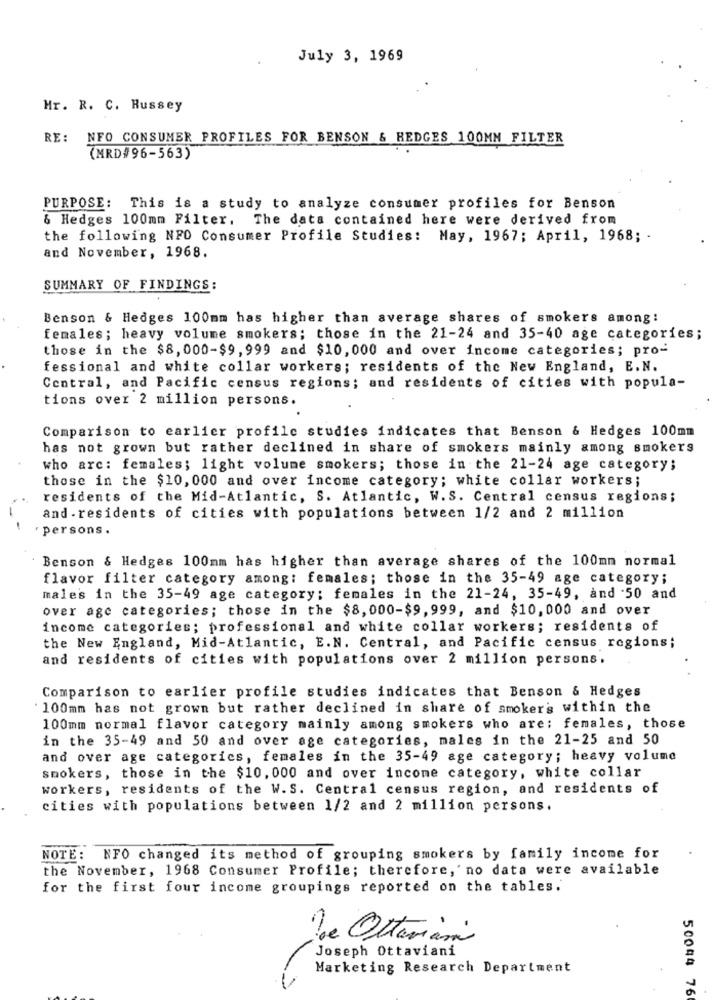
July 3, 1969
Mr. R. C. Russey
RE:
NFO CONSUMER PROFILES FOR BENSON & HEDGES 100MM FILTER
(MRD#96-563)
PURPOSE: This is a study to analyze consumer profiles for Benson
& Hedges 100mm Filter. The data contained here were derived from
the following NFO Consumer Profile Studies: May, 1967; April, 1968; -
and November, 1968.
SUMMARY OF FINDINGS:
Benson & Hedges 100mm has higher than average shares of smokers among:
females; heavy volume smokers; those in the 21-24 and 35-40 age categories;
those in the $8, 000-$9, 999 and $10, 000 and over income categories; pro-
fessional and white collar workers; residents of the New England, E. N.
Central, and Pacific census regions; and residents of cities with popula-
tions over 2 million persons.
Comparison to earlier profile studies indicates that Benson & Hedges 100mm
has not grown but rather declined in share of smokers mainly among smokers
who arc: females; light volume smokers; those in the 21-24 age category;
those in the $10, 000 and over income category; white collar workers;
residents of the Mid-Atlantic, S. Atlantic, W.S. Central census regions;
and . residents of cities with populations between 1/2 and 2 million
persons.
Benson & Hedges 100mm has higher than average shares of the 100mm normal
flavor filter category among: females; those in the 35-49 age category;
males in the 35-49 age category; females in the 21-24, 35-49, and .50 and
over age categories; those in the $8,000-$9, 999, and $10, 000 and over
income categories; professional and white collar workers; residents of
the New England, Mid-Atlantic, E.N. Central, and Pacific census regions;
and residents of cities with populations over 2 million persons.
Comparison to earlier profile studies indicates that Benson & Hedges
100mm has not grown but rather declined in share of smokers within the
100mm normal flavor category mainly among smokers who are: females, those
in the 35-49 and 50 and over age categories, males in the 21-25 and 50
and over age categorics, females in the 35-49 age category; heavy volume
smokers, those in the $10, 000 and over income category, white collar
workers, residents of the W. S. Central census region, and residents of
cities with populations between 1/2 and 2 million persons.
NOTE: NFO changed its method of grouping smokers by family income for
the November, 1968 Consumer Profile; therefore, no data were available
for the first four income groupings reported on the tables.
De Ottaviani
Joseph Ottaviani
Marketing Research Department
50044 76